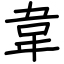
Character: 韋